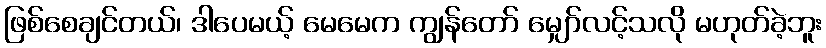
ဖြစ်စေချင်တယ်၊ ဒါပေမယ့် မေမေက ကျွန်တော် မျှော်လင့်သလို မဟုတ်ခဲ့ဘူး